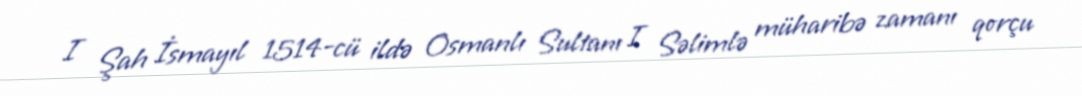
I Şah İsmayıl 1514-cü ildə Osmanlı Sultanı I Səlimlə müharibə zamanı qorçu